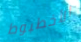
الأخطبوط